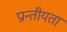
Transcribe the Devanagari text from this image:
प्रान्तीयता